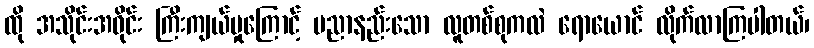
ထို အသိုင်းအဝိုင်း ကြီးကျယ်မှုကြောင့် ပညာနည်းသော လူတစ်စုကလဲ ရောယောင် လိုက်လာကြပါတယ်၊